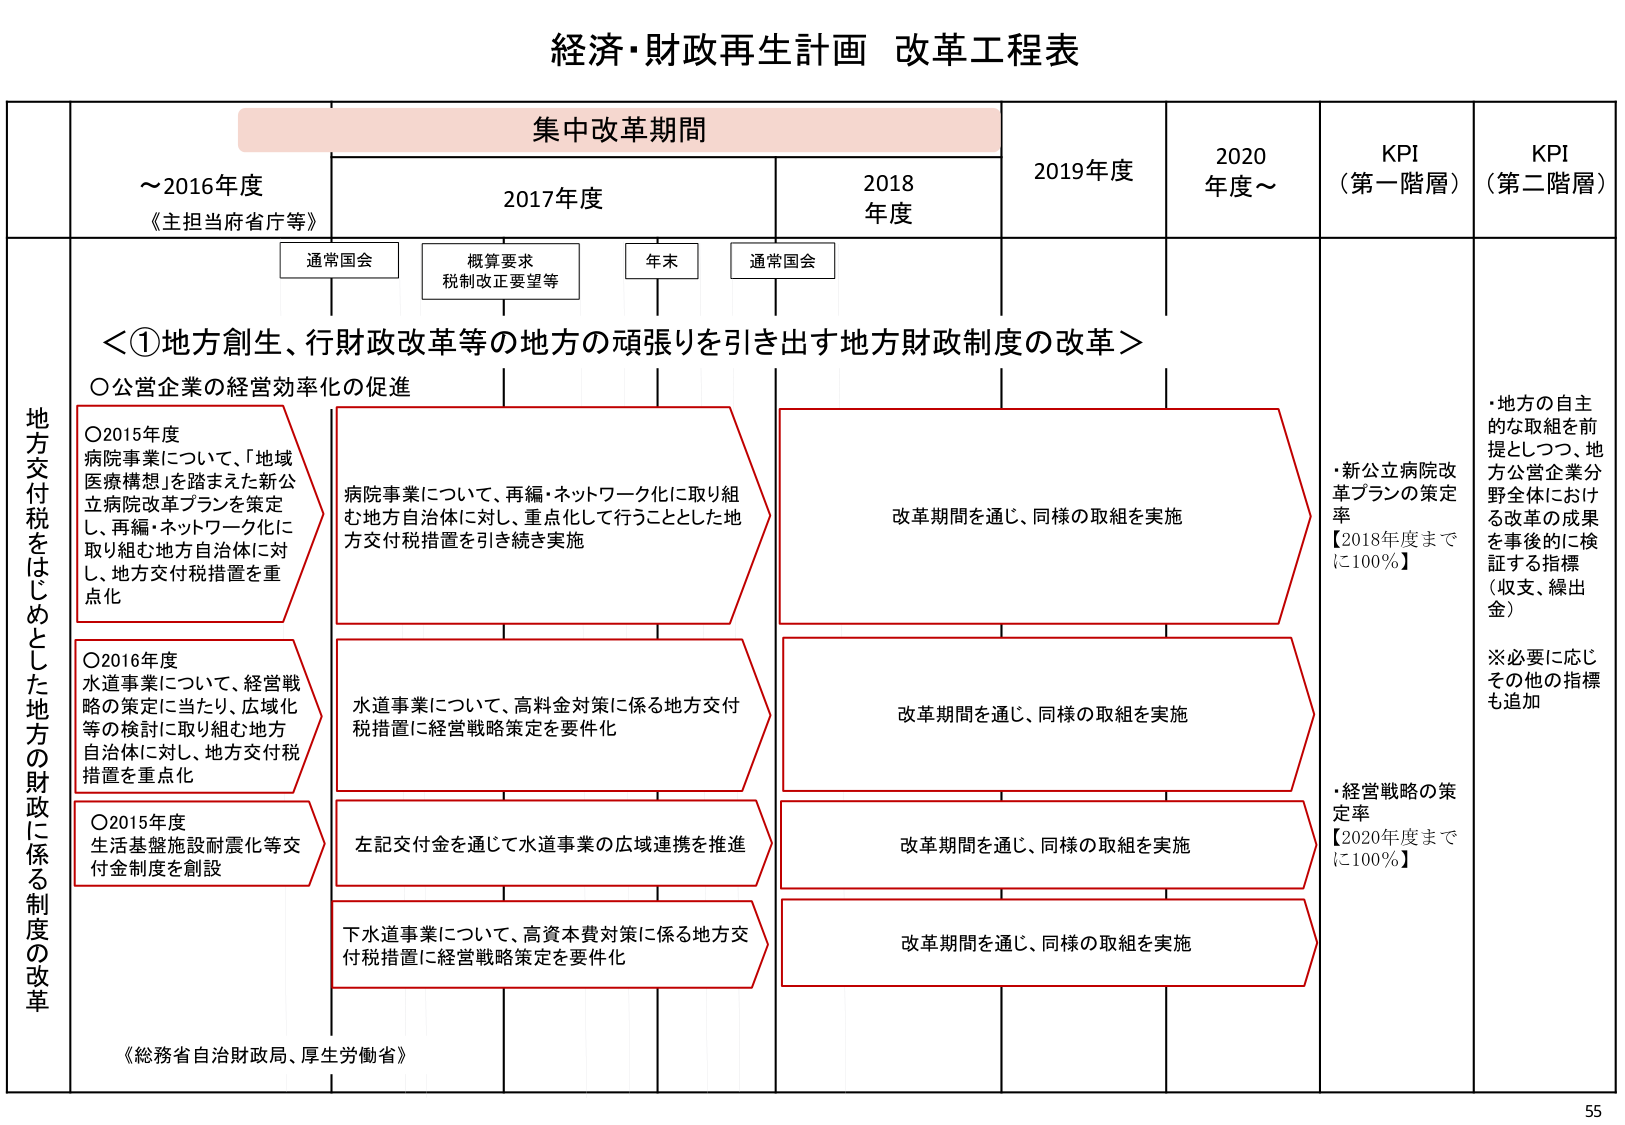
経済・財政再生計画 改革工程表

集中改革期間

～2016年度
《主担当府省庁等》

2017年度

2018年度

2019年度

2020年度～

KPI（第一階層）

KPI（第二階層）

通常国会

概算要求
税制改正要望等

年末

通常国会

地方交付税をはじめとした地方の財政に係る制度の改革

＜①地方創生、行財政改革等の地方の頑張りを引き出す地方財政制度の改革＞

○公営企業の経営効率化の促進

○2015年度
病院事業について、「地域医療構想」を踏まえた新公立病院改革プランを策定し、再編・ネットワーク化に取り組む地方自治体に対し、地方交付税措置を重点化

○2016年度
水道事業について、経営戦略の策定に当たり、広域化等の検討に取り組む地方自治体に対し、地方交付税措置を重点化

○2015年度
生活基盤施設耐震化等交付金制度を創設

病院事業について、再編・ネットワーク化に取り組む地方自治体に対し、重点化して行うこととした地方交付税措置を引き続き実施

水道事業について、高料金対策に係る地方交付税措置に経営戦略策定を要件化

左記交付金を通じて水道事業の広域連携を推進

下水道事業について、高資本費対策に係る地方交付税措置に経営戦略策定を要件化

改革期間を通じ、同様の取組を実施

改革期間を通じ、同様の取組を実施

改革期間を通じ、同様の取組を実施

改革期間を通じ、同様の取組を実施

・新公立病院改革プランの策定率
【2018年度までに100％】

・経営戦略の策定率
【2020年度までに100％】

・地方の自主的な取組を前提としつつ、地方公営企業分野全体における改革の成果を事後的に検証する指標（収支、繰出金）
※必要に応じその他の指標も追加

《総務省自治財政局、厚生労働省》

55